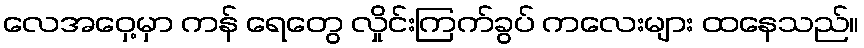
လေအဝှေ့မှာ ကန် ရေတွေ လှိုင်းကြက်ခွပ် ကလေးများ ထနေသည်။